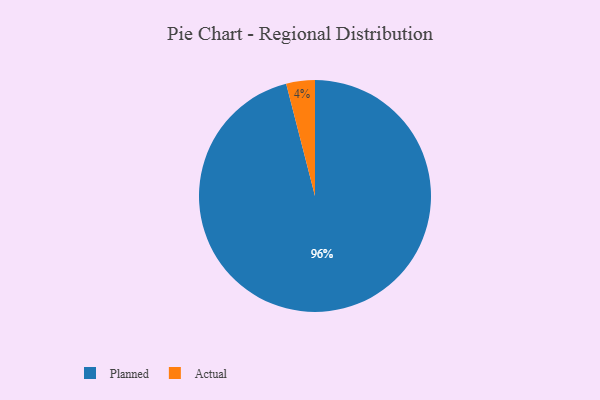
{"axis": {"x": "Category", "y": "Percentage"}, "legend": ["Actual", "Planned"], "data": [{"x": "Actual", "y": 4, "type": "Actual"}, {"x": "Planned", "y": 96, "type": "Planned"}]}